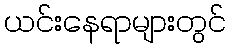
ယင်းနေရာများတွင်